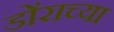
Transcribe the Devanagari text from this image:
डोंराच्या